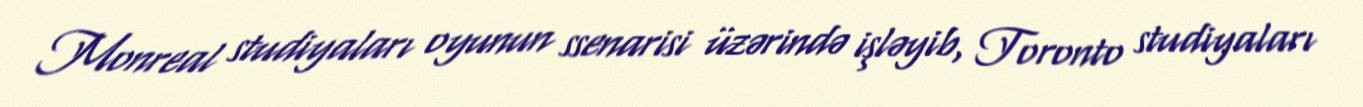
Monreal studiyaları oyunun ssenarisi üzərində işləyib, Toronto studiyaları